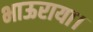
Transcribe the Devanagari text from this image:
भाऊराया।